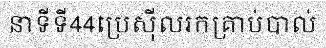
នាទីទី44ប្រេស៊ីលរកគ្រាប់បាល់